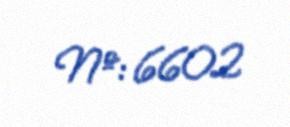
№: 6602